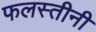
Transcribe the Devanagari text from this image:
फलस्तीनी